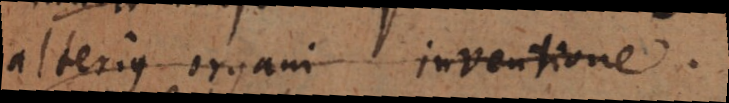
alterius organi inventione.